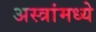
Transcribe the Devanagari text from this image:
अस्त्रांमध्ये